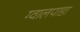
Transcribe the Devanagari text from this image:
ग्वालपाडा